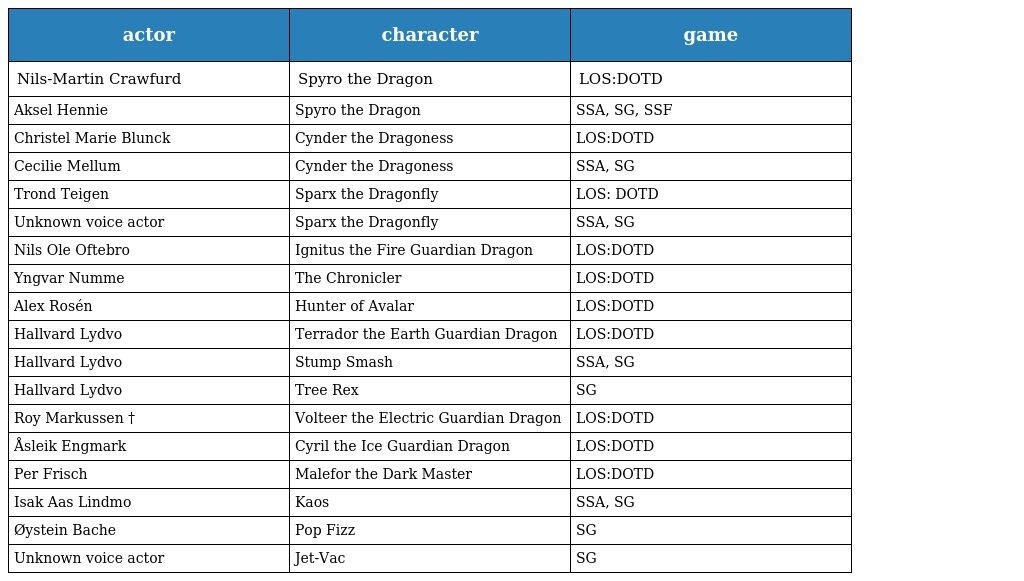
| actor | character | game |
 | --- | --- | --- |
 | Nils-Martin Crawfurd | Spyro the Dragon | LOS:DOTD |
 | Aksel Hennie | Spyro the Dragon | SSA, SG, SSF |
 | Christel Marie Blunck | Cynder the Dragoness | LOS:DOTD |
 | Cecilie Mellum | Cynder the Dragoness | SSA, SG |
 | Trond Teigen | Sparx the Dragonfly | LOS: DOTD |
 | Unknown voice actor | Sparx the Dragonfly | SSA, SG |
 | Nils Ole Oftebro | Ignitus the Fire Guardian Dragon | LOS:DOTD |
 | Yngvar Numme | The Chronicler | LOS:DOTD |
 | Alex Rosén | Hunter of Avalar | LOS:DOTD |
 | Hallvard Lydvo | Terrador the Earth Guardian Dragon | LOS:DOTD |
 | Hallvard Lydvo | Stump Smash | SSA, SG |
 | Hallvard Lydvo | Tree Rex | SG |
 | Roy Markussen † | Volteer the Electric Guardian Dragon | LOS:DOTD |
 | Åsleik Engmark | Cyril the Ice Guardian Dragon | LOS:DOTD |
 | Per Frisch | Malefor the Dark Master | LOS:DOTD |
 | Isak Aas Lindmo | Kaos | SSA, SG |
 | Øystein Bache | Pop Fizz | SG |
 | Unknown voice actor | Jet-Vac | SG |